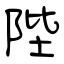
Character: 陛